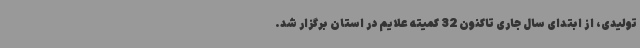
تولیدی، از ابتدای سال جاری تاکنون 32 کمیته علایم در استان برگزار شد.